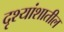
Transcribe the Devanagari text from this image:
दृश्यांशातील